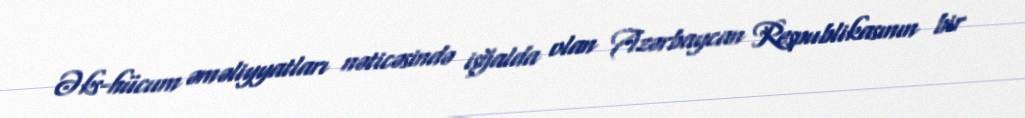
Əks-hücum əməliyyatları nəticəsində işğalda olan Azərbaycan Respublikasının bir